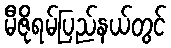
မီဇိုရမ်ပြည်နယ်တွင်